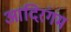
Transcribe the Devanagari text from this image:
आदिरंगम